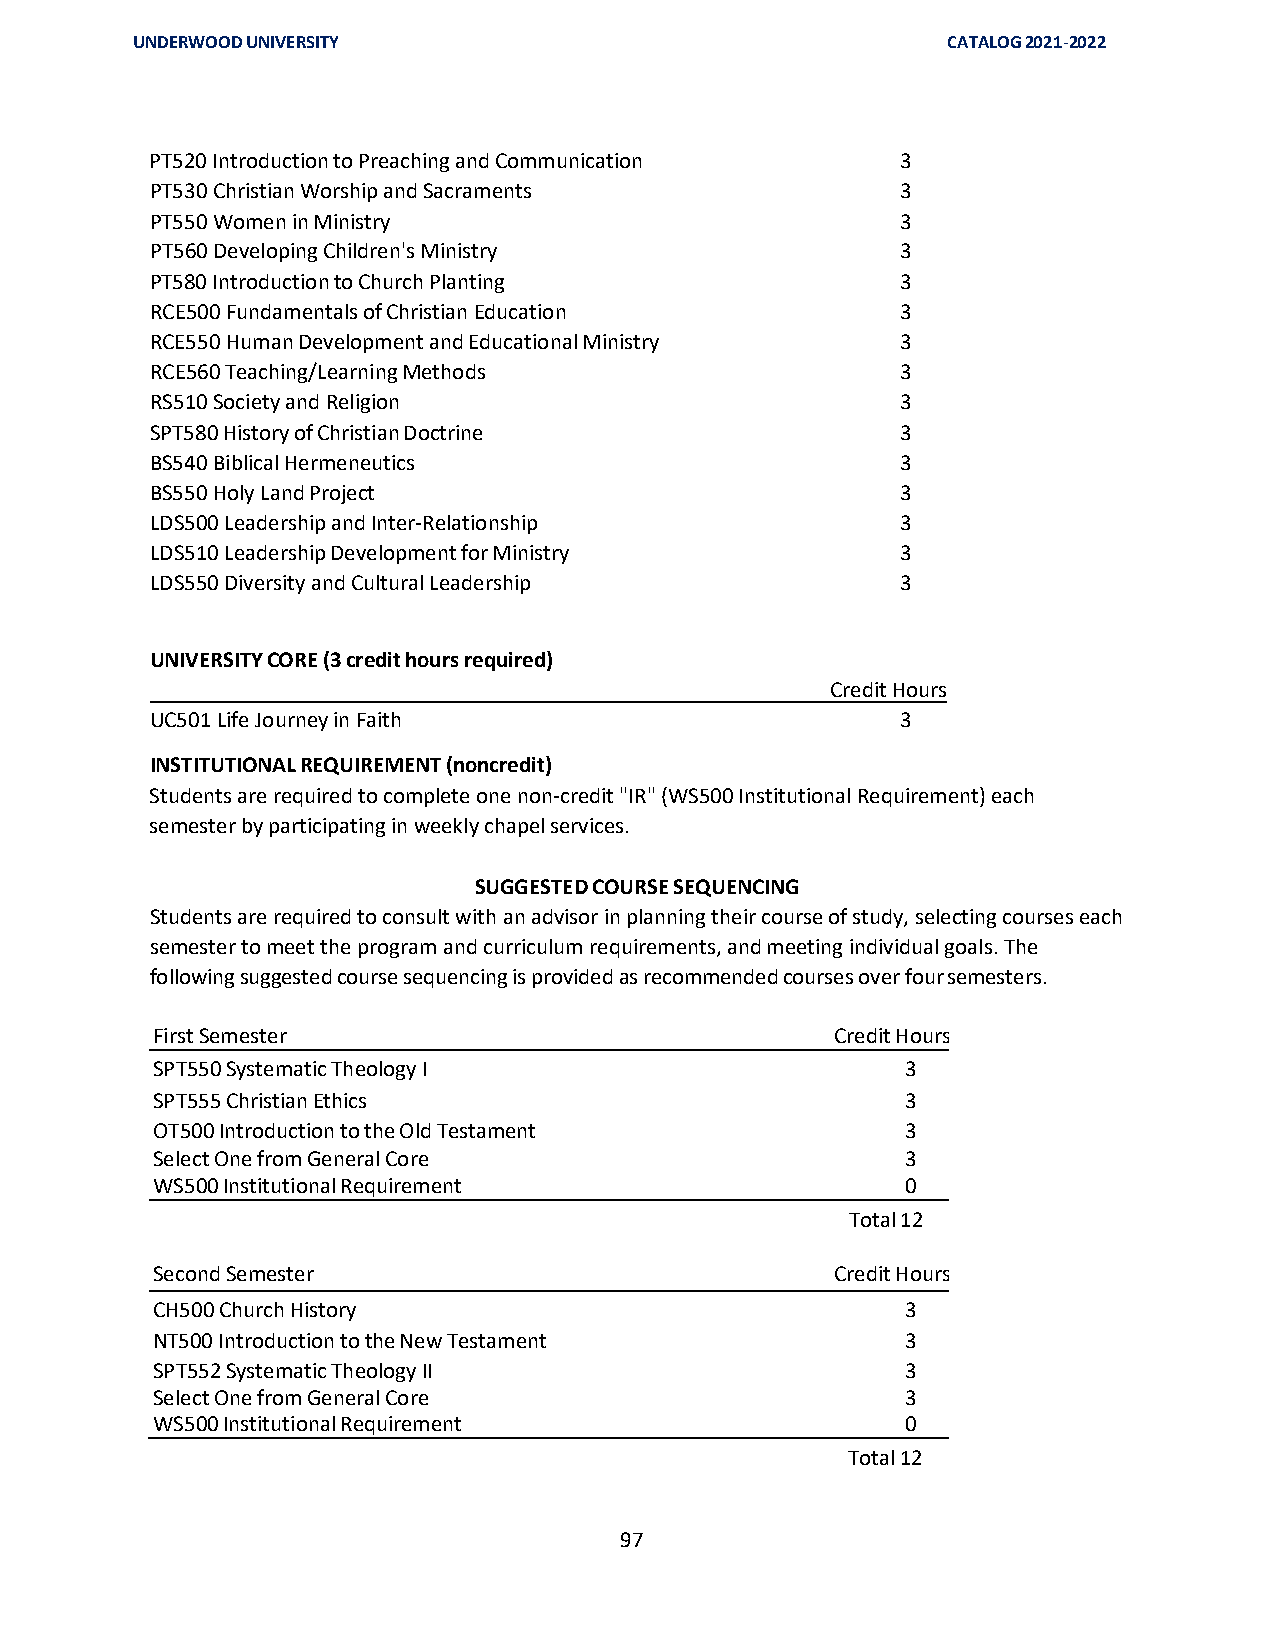
UNDERWOOD UNIVERSITY                                  CATALOG 2021-2022
 PT520 Introduction to Preaching and Communication 3
 PT530 Christian Worship and Sacraments            3
 PT550 Women in Ministry                           3
 PT560 Developing Children's Ministry              3
 PT580 Introduction to Church Planting             3
 RCE500 Fundamentals of Christian Education        3
 RCE550 Human Development and Educational Ministry 3
 RCE560 Teaching/Learning Methods                  3
 RS510 Society and Religion                        3
 SPT580 History of Christian Doctrine              3
 BS540 Biblical Hermeneutics                       3
 BS550 Holy Land Project                           3
 LDS500 Leadership and Inter-Relationship          3
 LDS510 Leadership Development for Ministry        3
 LDS550 Diversity and Cultural Leadership          3
 UNIVERSITY CORE (3 credit hours required)
 Credit Hours
 UC501 Life Journey in Faith                       3
 INSTITUTIONAL REQUIREMENT (noncredit)
 Students are required to complete one non-credit "IR" (WS500 Institutional Requirement) each
 semester by participating in weekly chapel services.
 SUGGESTED COURSE SEQUENCING
 Students are required to consult with an advisor in planning their course of study, selecting courses each
 semester to meet the program and curriculum requirements, and meeting individual goals. The
 following suggested course sequencing is provided as recommended courses over four semesters.
 First Semester                               Credit Hours
 SPT550 Systematic Theology I                      3
 SPT555 Christian Ethics                           3
 OT500 Introduction to the Old Testament           3
 Select One from General Core                      3
 WS500 Institutional Requirement                   0
 Total 12
 Second Semester                              Credit Hours
 CH500 Church History                              3
 NT500 Introduction to the New Testament           3
 SPT552 Systematic Theology II                     3
 Select One from General Core                      3
 WS500 Institutional Requirement                   0
 Total 12
 97